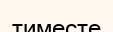
тиместе